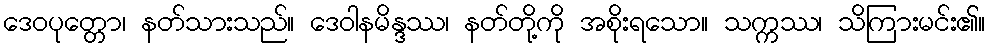
ဒေဝပုတ္တော၊ နတ်သားသည်။ ဒေဝါနမိန္ဒဿ၊ နတ်တို့ကို အစိုးရသော။ သက္ကဿ၊ သိကြားမင်း၏။